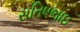
સતિષભાઇ